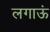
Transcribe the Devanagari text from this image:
लगाऊं